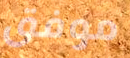
موفق